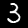
Digit: 3